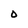
Character: O